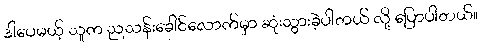
ဒါပေမယ့် သူက ညသန်းခေါင်လောက်မှာ ဆုံးသွားခဲ့ပါတယ် လို့ ပြောပါတယ်။